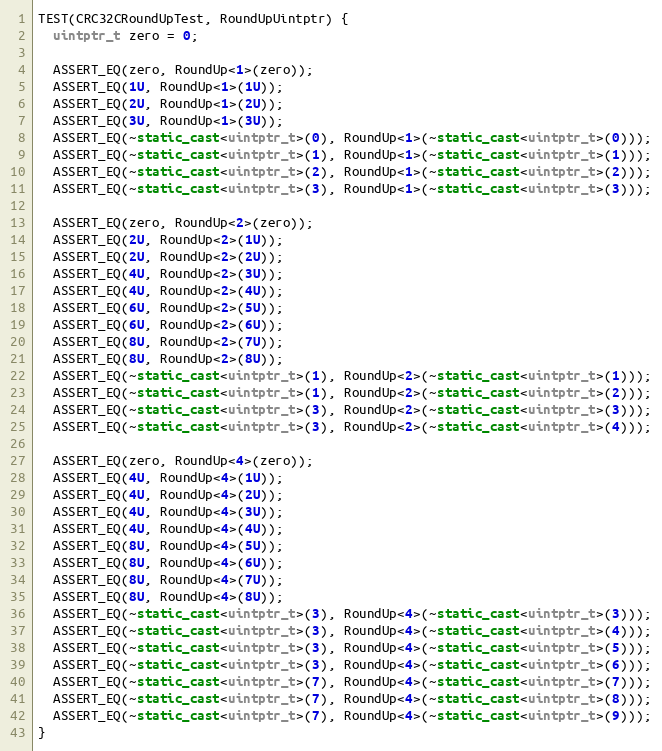
Language: C++
TEST(CRC32CRoundUpTest, RoundUpUintptr) {
  uintptr_t zero = 0;

  ASSERT_EQ(zero, RoundUp<1>(zero));
  ASSERT_EQ(1U, RoundUp<1>(1U));
  ASSERT_EQ(2U, RoundUp<1>(2U));
  ASSERT_EQ(3U, RoundUp<1>(3U));
  ASSERT_EQ(~static_cast<uintptr_t>(0), RoundUp<1>(~static_cast<uintptr_t>(0)));
  ASSERT_EQ(~static_cast<uintptr_t>(1), RoundUp<1>(~static_cast<uintptr_t>(1)));
  ASSERT_EQ(~static_cast<uintptr_t>(2), RoundUp<1>(~static_cast<uintptr_t>(2)));
  ASSERT_EQ(~static_cast<uintptr_t>(3), RoundUp<1>(~static_cast<uintptr_t>(3)));

  ASSERT_EQ(zero, RoundUp<2>(zero));
  ASSERT_EQ(2U, RoundUp<2>(1U));
  ASSERT_EQ(2U, RoundUp<2>(2U));
  ASSERT_EQ(4U, RoundUp<2>(3U));
  ASSERT_EQ(4U, RoundUp<2>(4U));
  ASSERT_EQ(6U, RoundUp<2>(5U));
  ASSERT_EQ(6U, RoundUp<2>(6U));
  ASSERT_EQ(8U, RoundUp<2>(7U));
  ASSERT_EQ(8U, RoundUp<2>(8U));
  ASSERT_EQ(~static_cast<uintptr_t>(1), RoundUp<2>(~static_cast<uintptr_t>(1)));
  ASSERT_EQ(~static_cast<uintptr_t>(1), RoundUp<2>(~static_cast<uintptr_t>(2)));
  ASSERT_EQ(~static_cast<uintptr_t>(3), RoundUp<2>(~static_cast<uintptr_t>(3)));
  ASSERT_EQ(~static_cast<uintptr_t>(3), RoundUp<2>(~static_cast<uintptr_t>(4)));

  ASSERT_EQ(zero, RoundUp<4>(zero));
  ASSERT_EQ(4U, RoundUp<4>(1U));
  ASSERT_EQ(4U, RoundUp<4>(2U));
  ASSERT_EQ(4U, RoundUp<4>(3U));
  ASSERT_EQ(4U, RoundUp<4>(4U));
  ASSERT_EQ(8U, RoundUp<4>(5U));
  ASSERT_EQ(8U, RoundUp<4>(6U));
  ASSERT_EQ(8U, RoundUp<4>(7U));
  ASSERT_EQ(8U, RoundUp<4>(8U));
  ASSERT_EQ(~static_cast<uintptr_t>(3), RoundUp<4>(~static_cast<uintptr_t>(3)));
  ASSERT_EQ(~static_cast<uintptr_t>(3), RoundUp<4>(~static_cast<uintptr_t>(4)));
  ASSERT_EQ(~static_cast<uintptr_t>(3), RoundUp<4>(~static_cast<uintptr_t>(5)));
  ASSERT_EQ(~static_cast<uintptr_t>(3), RoundUp<4>(~static_cast<uintptr_t>(6)));
  ASSERT_EQ(~static_cast<uintptr_t>(7), RoundUp<4>(~static_cast<uintptr_t>(7)));
  ASSERT_EQ(~static_cast<uintptr_t>(7), RoundUp<4>(~static_cast<uintptr_t>(8)));
  ASSERT_EQ(~static_cast<uintptr_t>(7), RoundUp<4>(~static_cast<uintptr_t>(9)));
}